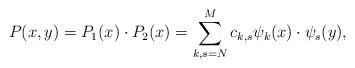
LaTeX: \begin{align*}P(x,y)= P_1(x) \cdot P_2(x)=\sum_{k,s=N}^M c_{k,s}\psi_k(x) \cdot\psi_s(y) ,\end{align*}